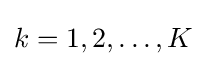
k=1,2,\dotsc ,K